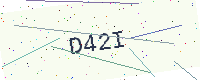
Text: D42I